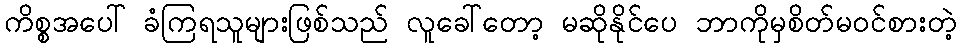
ကိစ္စအပေါ် ခံကြရသူများဖြစ်သည် လူခေါ်တော့ မဆိုနိုင်ပေ ဘာကိုမှစိတ်မဝင်စားတဲ့